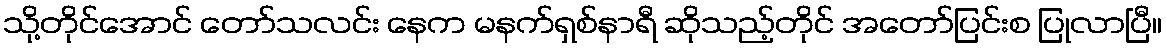
သို့တိုင်အောင် တော်သလင်း နေက မနက်ရှစ်နာရီ ဆိုသည့်တိုင် အတော်ပြင်းစ ပြုလာပြီ။